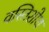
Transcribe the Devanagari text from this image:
वस्तिशोथ